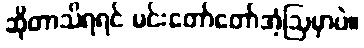
ဆိုတာသိရရင် မင်းတော်တော်အံ့ဩမှာပဲ။